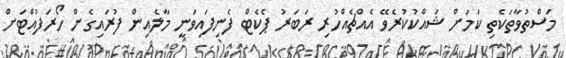
މަސްތުވާތަކެތި ކަމަށް ޝައްކުކުރެވޭ އެއްޗެއްހުރި ރަބަރު ޕެކެޓް ފެނިފައިވަނީ މާލެއިން ފުރައިގެން ހޯރަފުއްޓަށް